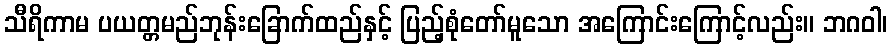
သီရိကာမ ပယတ္တမည်ဘုန်းခြောက်ထည်နှင့် ပြည့်စုံတော်မူသော အကြောင်းကြောင့်လည်း။ ဘဂဝါ၊